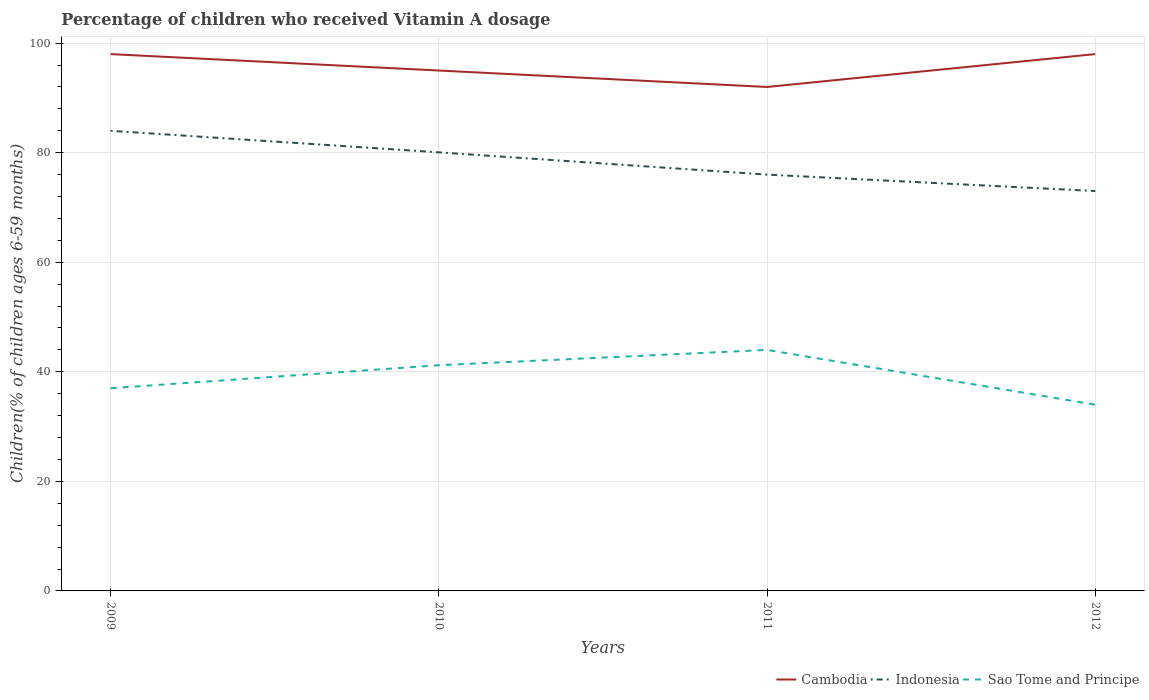
| Years | Cambodia | Indonesia | Sao Tome and Principe |
 | --- | --- | --- | --- |
 | 2009 | 98 | 84 | 37 |
 | 2010 | 95 | 80.1 | 41.2 |
 | 2011 | 92 | 76 | 44 |
 | 2012 | 98 | 73 | 34 |